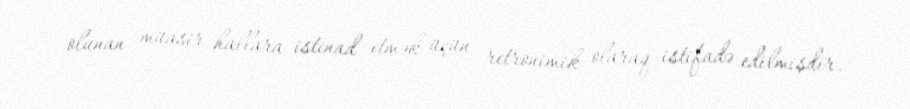
olunan müasir hallara istinad etmək üçün retronimik olaraq istifadə edilmişdir.